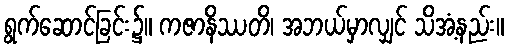
ရွက်ဆောင်ခြင်း၌။ ကဇာနိဿတိ၊ အဘယ်မှာလျှင် သိအံ့နည်း။